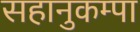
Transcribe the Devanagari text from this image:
सहानुकम्पा